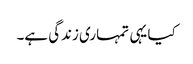
کیا یہی تمہاری زندگی ہے۔